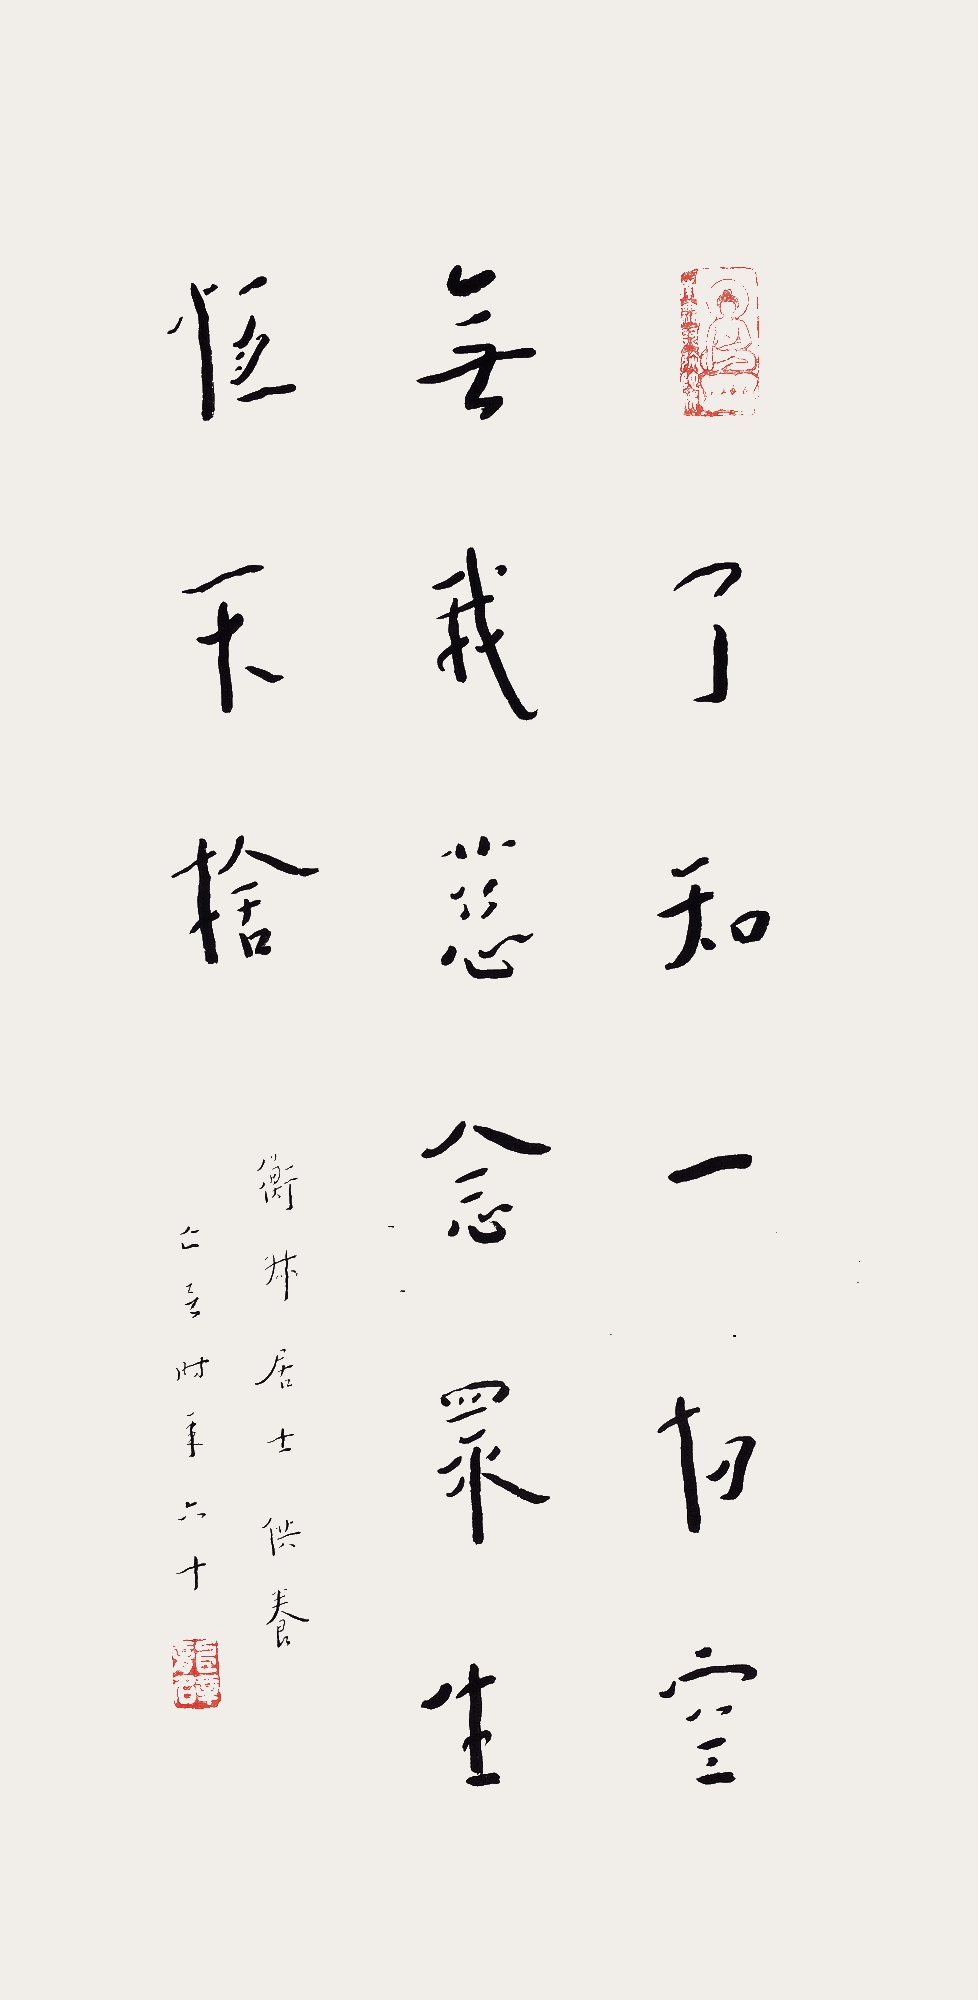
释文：了知一切空无我，慈念众生恒不舍。衡叔居士供养，亡音时年六十。